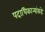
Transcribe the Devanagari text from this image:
पदाधिकार्‍यांकडे